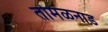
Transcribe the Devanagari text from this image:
तमिळनाड